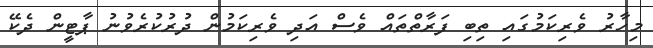
މިހާރު ވެރިކަމުގައި ތިބި ފަރާތްތައް ވެސް އަދި ވެރިކަމުން ދުރުކުރެވުނު ޕާޓީން ދެކޭ